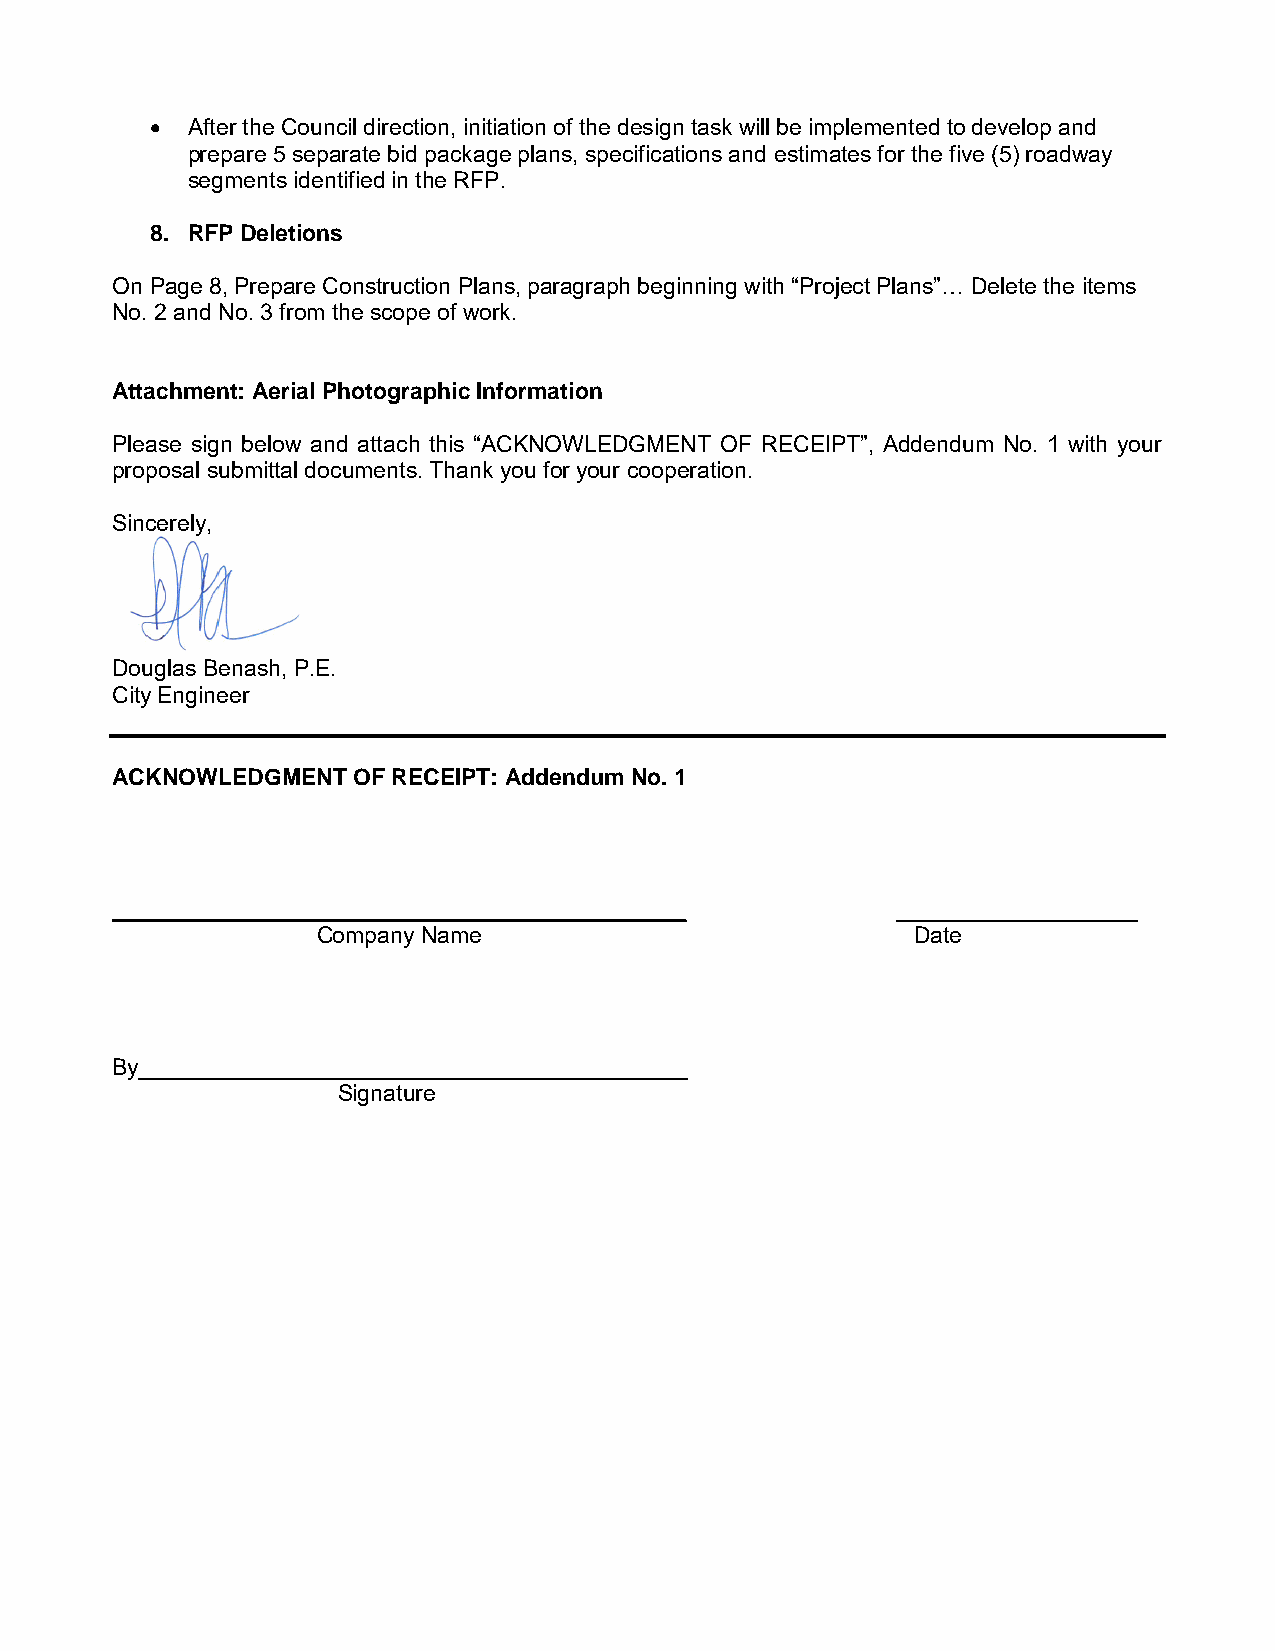
 After the Council direction, initiation of the design task will be implemented to develop and
 prepare 5 separate bid package plans, specifications and estimates for the five (5) roadway
 segments identified in the RFP.
 8. RFP Deletions
 On Page 8, Prepare Construction Plans, paragraph beginning with “Project Plans”… Delete the items
 No. 2 and No. 3 from the scope of work.
 Attachment: Aerial Photographic Information
 Please sign below and attach this “ACKNOWLEDGMENT OF RECEIPT”, Addendum No. 1 with your
 proposal submittal documents. Thank you for your cooperation.
 Sincerely,
 Douglas Benash, P.E.
 City Engineer
 ACKNOWLEDGMENT  OF RECEIPT: Addendum No. 1
 _____________________________________________       ___________________
 Company Name                            Date
 By___________________________________________
 Signature